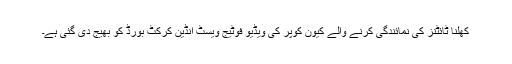
کھلنا ٹائٹنز کی نمائندگی کرنے والے کیون کوپر کی ویڈیو فوٹیج ویسٹ انڈین کرکٹ بورڈ کو بھیج دی گئی ہے۔